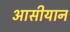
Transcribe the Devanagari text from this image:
आसीयान